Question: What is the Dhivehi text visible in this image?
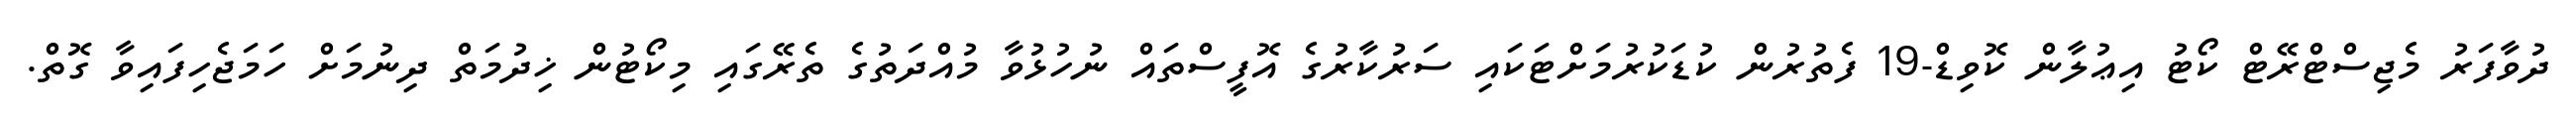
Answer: ދުވާފަރު މެޖިސްޓްރޭޓް ކޯޓު އިޢުލާން ކޮވިޑް-19 ފެތުރުން ކުޑަކުރުމަށްޓަކައި ސަރުކާރުގެ އޮފީސްތައް ނުހުޅުވާ މުއްދަތުގެ ތެރޭގައި މިކޯޓުން ޚިދުމަތް ދިނުމަށް ހަމަޖެހިފައިވާ ގޮތް.